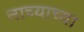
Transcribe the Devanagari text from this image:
नाच्याच्या